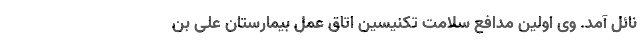
نائل آمد. وی اولین مدافع سلامت تکنیسین اتاق عمل بیمارستان علی بن